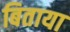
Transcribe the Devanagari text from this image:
बिताया